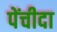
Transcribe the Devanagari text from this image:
पेंचीदा